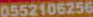
0552106256